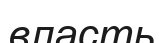
власть